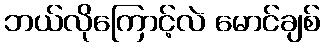
ဘယ်လိုကြောင့်လဲ မောင်ချစ်